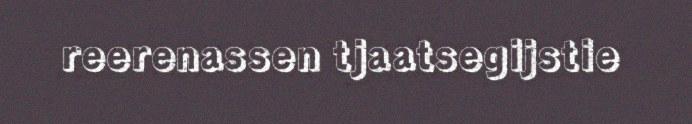
reerenassen tjaatsegijstie